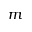
m